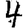
Digit: 4